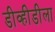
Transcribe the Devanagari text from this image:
डीव्हीडीला